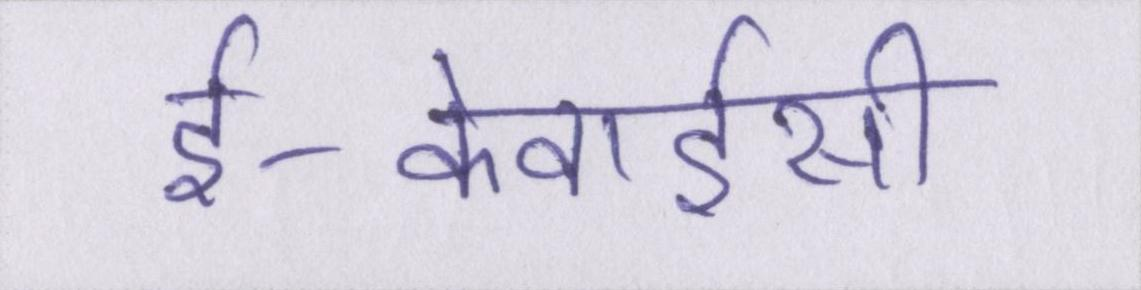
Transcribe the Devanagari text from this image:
ई-केवाईसी